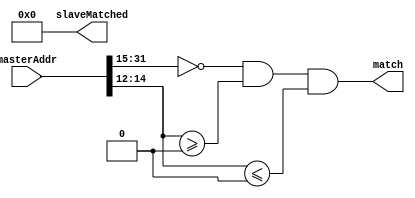
`timescale 1ns / 1ns


// *******************************************************************************/
// Cloudium Systems Ltd. Proprietary and Confidential
// 
// Copyright 2014 Cloudium Systems Ltd.  All rights reserved. 
//
// ANY USE OR REDISTRIBUTION IN PART OR IN WHOLE MUST BE HANDLED IN
// ACCORDANCE WITH THE CLOUDIUM SYSTEMS LICENSE AGREEMENT AND MUST BE APPROVED
// IN ADVANCE IN WRITING.
//                                                                               
//                                                                            
// This confidential and proprietary software may be used only as authorised  
// by a licensing agreement from Cloudium Systems Ltd.                        
//                                                                            
// In the event of publication, the following notice is applicable:           
//                                                                            
// (C) COPYRIGHT 2014  Cloudium Systems LTD.                      
// ALL RIGHTS RESERVED                                                        
//                                                                            
// Version		: 1.0                                                     	  
//                                                                            
// Abstract	: 	This file decodes which slave device the master is addressing. The match is
//				combinationally output. It matches if the master address input matches the 
//				address range for the slave.
//	                                                               
//                                                                            
//                                                                            
//                                                                            
// Modification History:                                                      
// Date		By			Version		Change Description                        
//                                                                            
// 21/07/14		OB			1.0			Initial release version               
//
//
// SVN Revision Information:
// SVN $Revision: 4805 $
// SVN $Date: 2014-07-21 17:48:48 +0530 (Mon, 21 Jul 2014) $
//
// Resolved SARs
// SAR      Date     Who   Description
//
// Notes:
//
// ********************************************************************/
// synopsys translate_off
//`include "../include/Timescale.h"
// synopsys translate_on

module MasterAddressDecoder (
								masterAddr,
								match,					
								slaveMatched
							 );


//===================================================
// Parameter Declarations
//===================================================

	parameter NUM_SLAVES_WIDTH 	= 4;				// defines number bits for encoding slave number
	parameter NUM_SLAVES 		= 4;				// defines number of slaves	- includes derrSlave
	parameter SLAVE_NUM	 		= 0;				// defines slave that this decoder is for
	parameter ADDR_WIDTH 		= 32;				// number of address buts to be decoded
	
	parameter UPPER_COMPARE_BIT = 15;				// Defines the upper bit of range to compare
	parameter LOWER_COMPARE_BIT = 12;				// Defines lower bound of compare - bits below are 
													// dont care
													
	parameter [ADDR_WIDTH-1:UPPER_COMPARE_BIT]			SLOT_BASE_ADDR = 0;		// Base address of Slot
	parameter [UPPER_COMPARE_BIT-1:LOWER_COMPARE_BIT]	SLOT_MIN_ADDR = 0;		// slot min address
	parameter [UPPER_COMPARE_BIT-1:LOWER_COMPARE_BIT]	SLOT_MAX_ADDR = 0;		// slot max address
	parameter [NUM_SLAVES-1:0]							CONNECTIVITY = {NUM_SLAVES{1'b1}};	// onnectivity map - ie which slaves this master can access
	
//==========================================================================
// I/O Declarations
//============================================================================

	input 	[ADDR_WIDTH-1:0]		masterAddr;		// address to be decoded

	output							match;			// Indictaes this slave matched address
	output 	[NUM_SLAVES_WIDTH-1:0] 	slaveMatched;	// encoded number of slave
	
	
//============================================================================
// Local Declarationes
//============================================================================


	reg								match;			// Indictaes this slave matched address
	wire 	[NUM_SLAVES_WIDTH-1:0] 	slaveMatched;	// encoded number of slave
	
 
 
//==============================================================================
// Simple decode matching
//==============================================================================

assign slaveMatched = SLAVE_NUM;		// simply return number of slave instance

always @( * )
begin
	match <= 		( masterAddr[ADDR_WIDTH-1:UPPER_COMPARE_BIT] == SLOT_BASE_ADDR			 )		// base address matches
				&	( masterAddr[UPPER_COMPARE_BIT-1:LOWER_COMPARE_BIT] >= SLOT_MIN_ADDR	 )
				&	( masterAddr[UPPER_COMPARE_BIT-1:LOWER_COMPARE_BIT] <= SLOT_MAX_ADDR	 )
				&	CONNECTIVITY[SLAVE_NUM];														// only match if master can access this slave

end



endmodule // MasterAddressDecoder.v